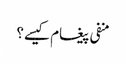
منفی پیغام کیسے؟